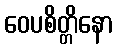
ဝေပစိတ္တိနော